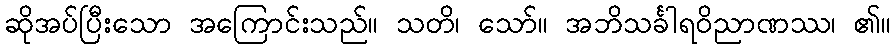
ဆိုအပ်ပြီးသော အကြောင်းသည်။ သတိ၊ သော်။ အဘိသင်္ခါရဝိညာဏဿ၊ ၏။